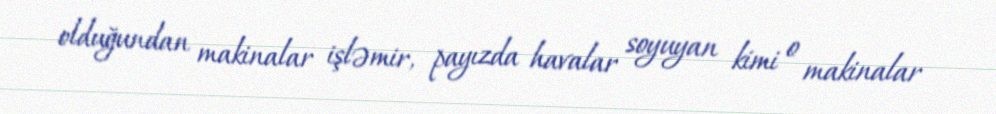
olduğundan makinalar işləmir, payızda havalar soyuyan kimi o makinalar